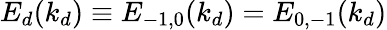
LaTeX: E_{d}(k_{d})\equiv E_{-1,0}(k_{d})=E_{0,-1}(k_{d})